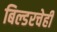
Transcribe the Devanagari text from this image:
बिल्डरचेही